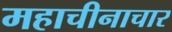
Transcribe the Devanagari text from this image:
महाचीनाचार